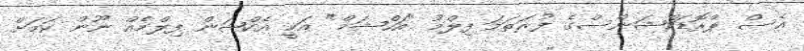
އެސް ޕްރޮޑަކްޝަންސްގެ ފުރަތަމަ ފިލްމު "އަހްޝަމް" އަކީ އެކްޝަން ފިލްމެއް ނޫން ކަމަށް